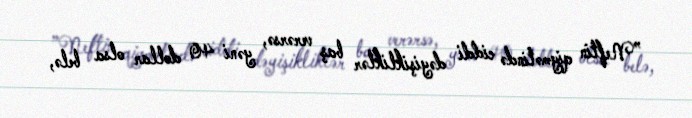
”Neftin qiymətində ciddi dəyişikliklər baş verərsə, yəni 40 dollar olsa belə,